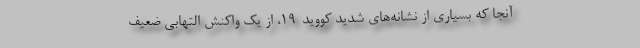
آنجا که بسیاری از نشانه‌های شدید کووید-۱۹، از یک واکنش التهابی ضعیف